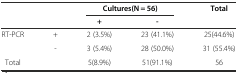
<table><thead><tr><td rowspan="2" colspan="2"></td><td colspan="2"><b>Cultures(N = 56)</b></td><td rowspan="2"><b>Total</b></td></tr><tr><td><b>+</b></td><td><b>-</b></td></tr></thead><tbody><tr><td rowspan="2">RT-PCR</td><td>+</td><td>2 (3.5%)</td><td>23 (41.1%)</td><td>25(44.6%)</td></tr><tr><td>-</td><td>3 (5.4%)</td><td>28 (50.0%)</td><td>31 (55.4%)</td></tr><tr><td>Total</td><td></td><td>5(8.9%)</td><td>51(91.1%)</td><td>56</td></tr></tbody></table>